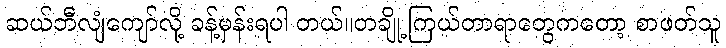
ဆယ်ဘီလျံကျော်လို့ ခန့်မှန်းရပါ တယ်။တချို့ ကြယ်တာရာတွေကတော့ စာဖတ်သူ